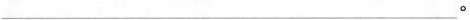
___。